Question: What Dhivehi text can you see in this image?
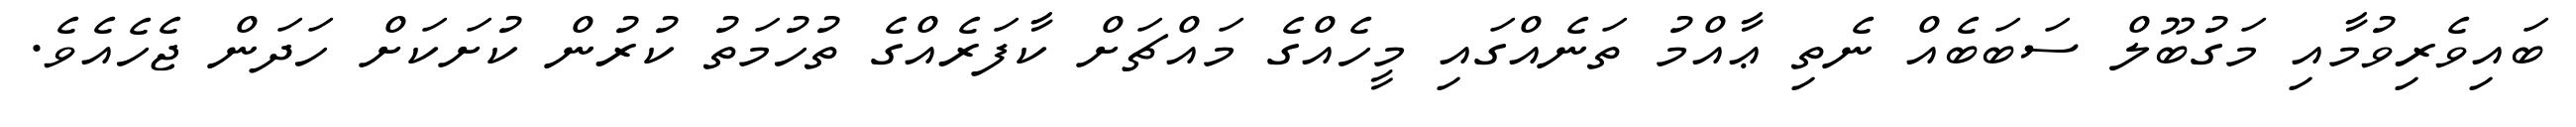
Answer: ބައިވެރިވުމާއި މަގުބޫލް ސަބަބެއް ނެތި ޢާއްމު ތަނެއްގައި މީހެއްގެ މައްޗަށް ކާފަރެއްގެ ތުހުމަތު ކުރުން ކުށަކަށް ހަދަން ޖެހެއެވެ.